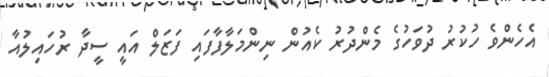
އެހެންވެ ހުކުރު ދުވަހުގެ މެންދުރު ކެއުން ނިންމަލާފާފައި ފަޒަލް އައީ ސީދާ ރުހައިލުއާ